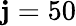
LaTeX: \mathbf{j}=50